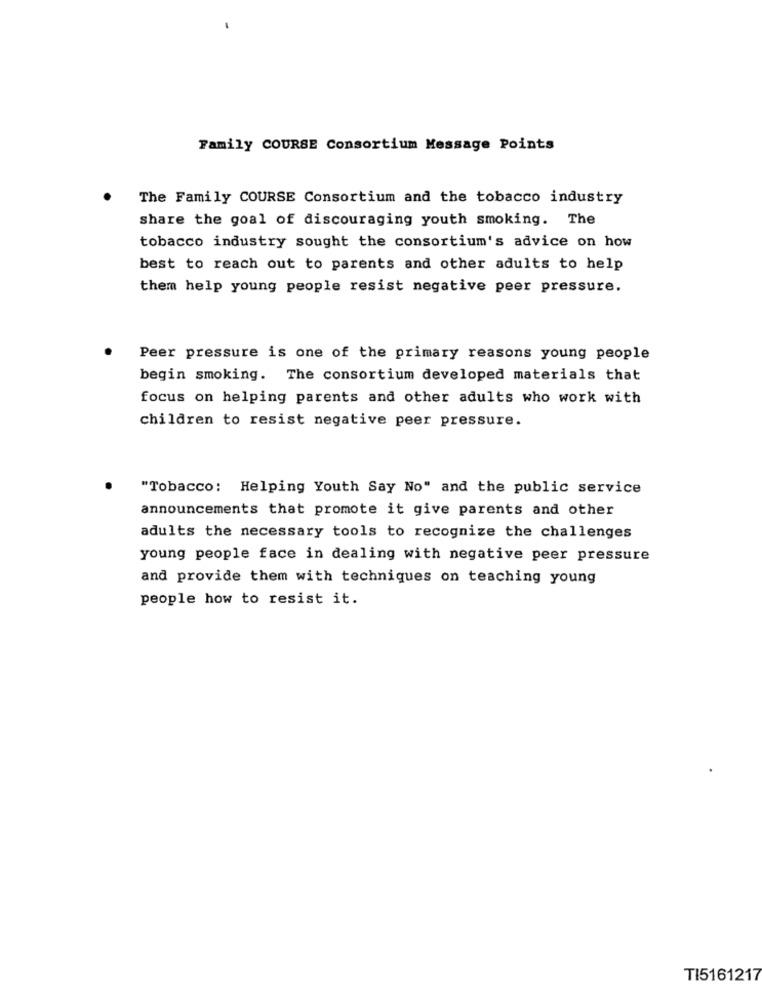
Family COURSE Consortium Message Points
The Family COURSE Consortium and the tobacco industry
share the goal of discouraging youth smoking. The
tobacco industry sought the consortium's advice on how
best to reach out to parents and other adults to help
them help young people resist negative peer pressure.
Peer pressure is one of the primary reasons young people
begin smoking. The consortium developed materials that
focus on helping parents and other adults who work with
children to resist negative peer pressure.
"Tobacco: Helping Youth Say No" and the public service
announcements that promote it give parents and other
adults the necessary tools to recognize the challenges
young people face in dealing with negative peer pressure
and provide them with techniques on teaching young
people how to resist it.
TI5161217